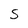
Character: S